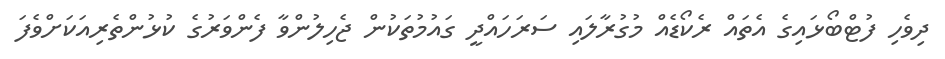
ދިވެހި ފުޓްބޯޅައިގެ އެތައް ރެކޯޑެއް މުގުރާލައި ސަރަހައްދީ ގައުމުތަކުން ޖެހިލުންވާ ފެންވަރުގެ ކުޅުންތެރިއަކަށްވެފަ